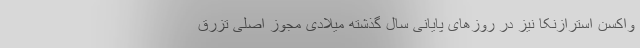
واکسن استرازنکا نیز در روزهای پایانی سال گذشته میلادی مجوز اصلی تزرق